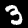
Digit: 3